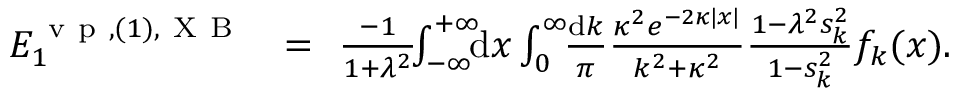
\begin{array} { r l r } { { \cal E } _ { 1 } ^ { \ensuremath { \mathrm { ~ v ~ p ~ } } , ( 1 ) , \mathrm { ~ X ~ B ~ } } \! \! } & { { } = } & { \! \! \frac { - 1 } { 1 + \lambda ^ { 2 } } \! \! \int _ { - \infty } ^ { + \infty } \! \! \! \mathrm { d } x \int _ { 0 } ^ { \infty } \! \! \frac { \mathrm d k } { \pi } \frac { \kappa ^ { 2 } e ^ { - 2 \kappa | x | } } { k ^ { 2 } + \kappa ^ { 2 } } \frac { 1 - \lambda ^ { 2 } s _ { k } ^ { 2 } } { 1 - s _ { k } ^ { 2 } } f _ { k } ( x ) . \; \; \; \; \; } \end{array}